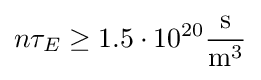
n\tau _{E}\geq 1.5\cdot 10^{20}{\frac {\mathrm {s} }{\mathrm {m} ^{3}}}